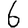
Digit: 6